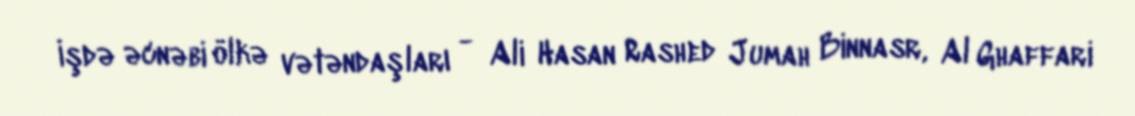
İşdə əcnəbi ölkə vətəndaşları - Ali Hasan Rashed Jumah Binnasr, Al Ghaffari